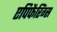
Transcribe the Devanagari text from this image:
एपिफैरिंग्स